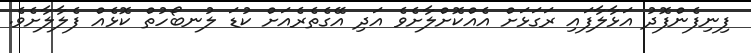
ފިނިފެންފޮދު އަޅާލާފައި ރަގަޅަށް އެއްކޮށްލާށެވެ އަދި އޭގެތެރެއަށް ކުޑަ ލުނބޯހުތް ކޮޅެއް ފެލާލާށެވެ.